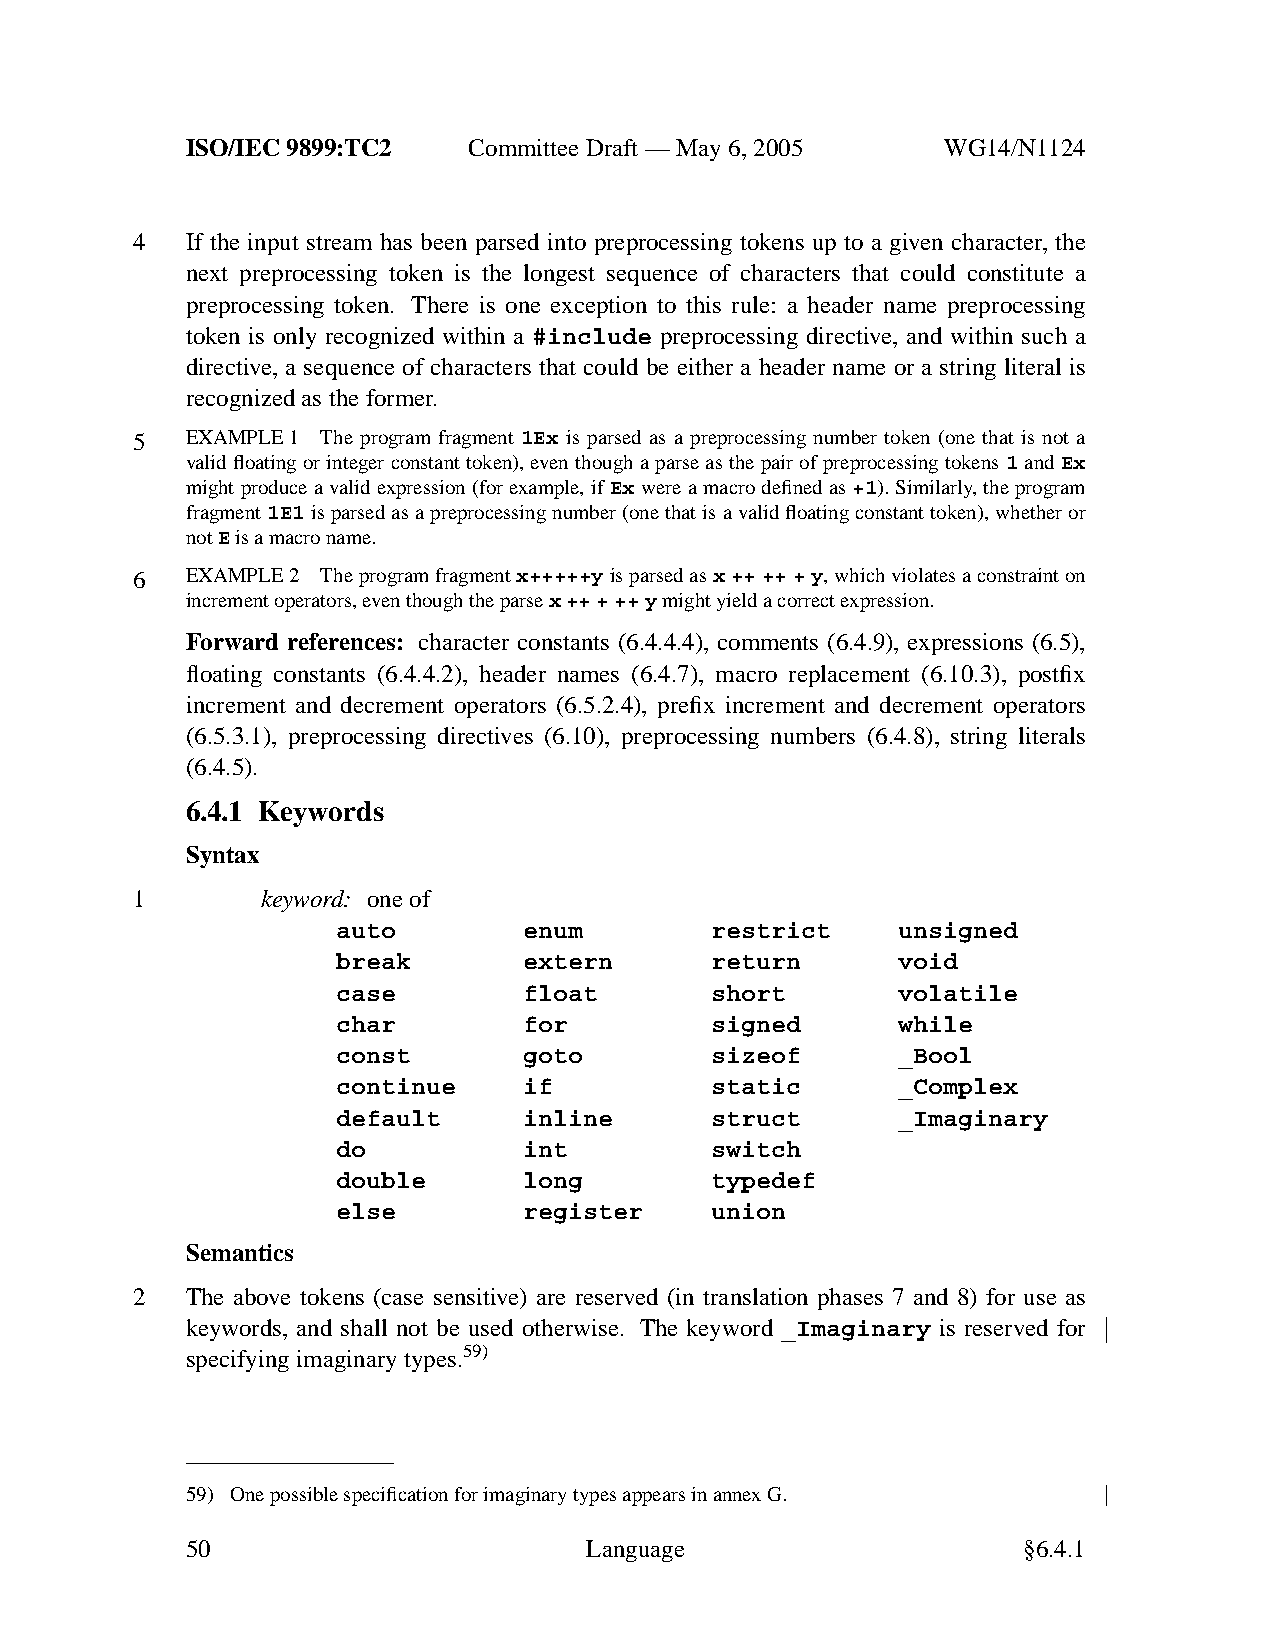
ISO/IEC 9899:TC2   Committee Draft — May 6, 2005   WG14/N1124
 4  If the input stream has been parsed into preprocessing tokens up to a given character, the
 next preprocessing token is the longest sequence of characters that could constitute a
 preprocessing token. There is one exception to this rule: a header name preprocessing
 token is only recognized within a #include preprocessing directive, and within such a
 directive, a sequence of characters that could be either a header name or a string literal is
 recognized as the former.
 5  EXAMPLE 1 The program fragment 1Ex is parsed as a preprocessing number token (one that is not a
 valid floating or integer constant token), even though a parse as the pair of preprocessing tokens 1 and Ex
 might produce a valid expression (for example, ifExwere a macro defined as+1). Similarly,the program
 fragment1E1is parsed as a preprocessing number (one that is a valid floating constant token), whether or
 notEis a macro name.
 6  EXAMPLE 2 The program fragmentx+++++yis parsed asx+++++y,which violates a constraint on
 increment operators, eventhough the parsex+++++ymight yield a correct expression.
 Forward references: character constants (6.4.4.4), comments (6.4.9), expressions (6.5),
 floating constants (6.4.4.2), header names (6.4.7), macro replacement (6.10.3), postfix
 increment and decrement operators (6.5.2.4), prefix increment and decrement operators
 (6.5.3.1), preprocessing directives (6.10), preprocessing numbers (6.4.8), string literals
 (6.4.5).
 6.4.1 Keywords
 Syntax
 1       keyword: one of
 auto         enum        restrict    unsigned
 break        extern      return      void
 case         float       short       volatile
 char         for         signed      while
 const        goto        sizeof      _Bool
 continue     if          static      _Complex
 default      inline      struct      _Imaginary
 do           int         switch
 double       long        typedef
 else         register    union
 Semantics
 2  The above tokens (case sensitive) are reserved (in translation phases 7 and 8) for use as
 keywords, and shall not be used otherwise. The keyword _Imaginary is reserved for
 specifying imaginary types.59)
 59) One possible specification for imaginary types appears in annexG.
 50                         Language                     §6.4.1